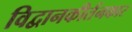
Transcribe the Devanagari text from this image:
विद्वानकीर्तनकार